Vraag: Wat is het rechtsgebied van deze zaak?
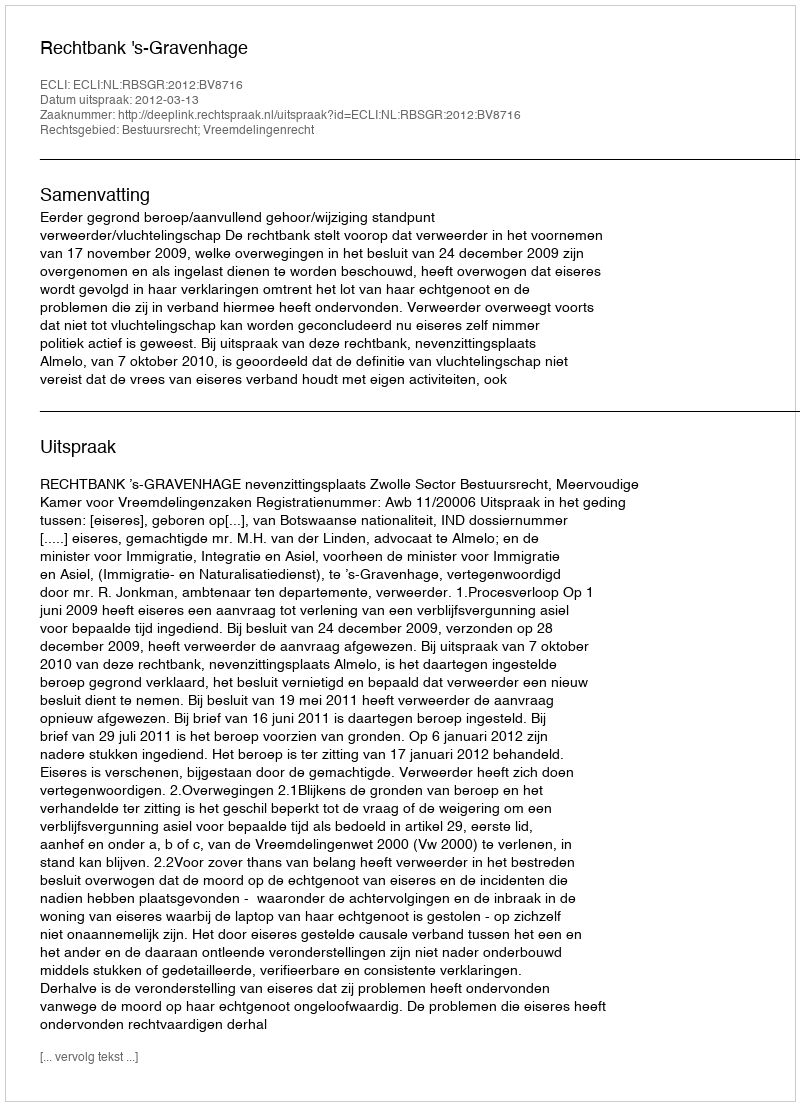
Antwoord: Bestuursrecht; Vreemdelingenrecht